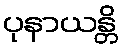
ပုနာယန္တိ